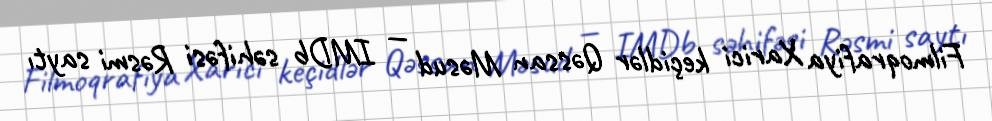
Filmoqrafiya Xarici keçidlər Qəssan Məsud — IMDb səhifəsi Rəsmi saytı